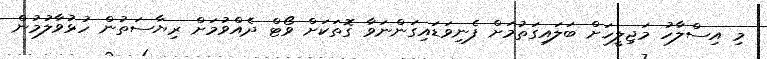
މި އިސްލާހު މަޖިލީހަށް ބަލައިގަތުމަށް ފެނިވަޑައިގަންނަވާ ގޮތަކަށް ވޯޓް ދެއްވުމަށް ރިޔާސަތުން ހުޅުވާލުމުން